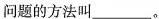
问题的方法叫______。